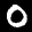
Label: 0